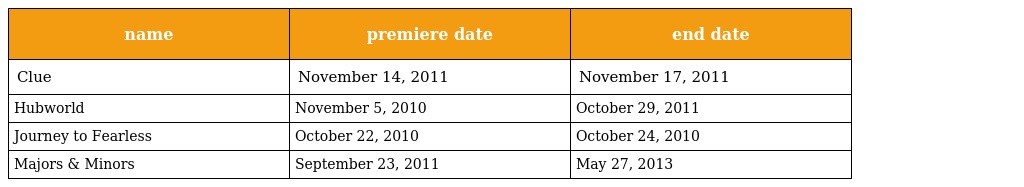
| name | premiere date | end date |
 | --- | --- | --- |
 | Clue | November 14, 2011 | November 17, 2011 |
 | Hubworld | November 5, 2010 | October 29, 2011 |
 | Journey to Fearless | October 22, 2010 | October 24, 2010 |
 | Majors & Minors | September 23, 2011 | May 27, 2013 |